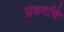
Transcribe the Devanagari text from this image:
प्रवर्गाचे